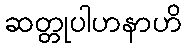
ဆတ္တုပါဟနာဟိ